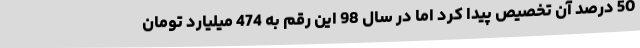
50 درصد آن تخصیص پیدا کرد اما در سال 98 این رقم به 474 میلیارد تومان